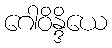
ဂေါဝိန္ဒိယေ